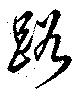
路